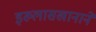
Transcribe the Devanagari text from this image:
इख्लासखानाने